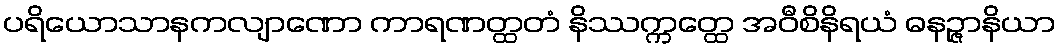
ပရိယောသာနကလျာဏော ကာရဏတ္ထတံ နိဿက္ကတ္ထေ အဝီစိနိရယံ ဓနဉ္ဇာနိယာ